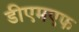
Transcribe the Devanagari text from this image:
डीएमएफ